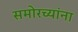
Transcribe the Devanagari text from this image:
समोरच्यांना